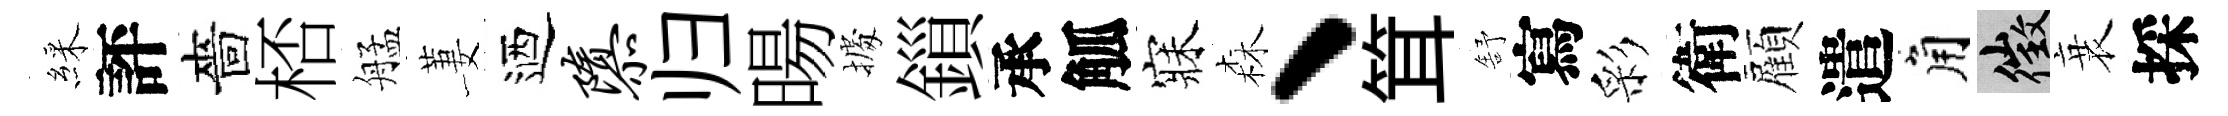
綵評嗇桮艋萋迺隳归暘𢴃鎻承觚寐森、䇯舒寫彩衛顏遣角徵衰採